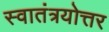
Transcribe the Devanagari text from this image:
स्वातंत्रयोत्तर